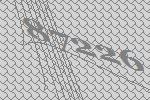
87226